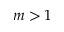
m > 1